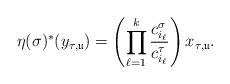
LaTeX: \begin{align*} \eta(\sigma)^*(y_{\tau,\mathfrak{u}})= \left(\prod^k_{\ell=1}\frac{c_{i_{\ell}}^{\sigma}}{c_{i_{\ell}}^{\tau}}\right)x_{\tau,\mathfrak{u}}. \end{align*}